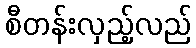
စီတန်းလှည့်လည်